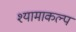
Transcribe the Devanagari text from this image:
श्यामाकल्प